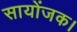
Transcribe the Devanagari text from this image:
सायोंजक।